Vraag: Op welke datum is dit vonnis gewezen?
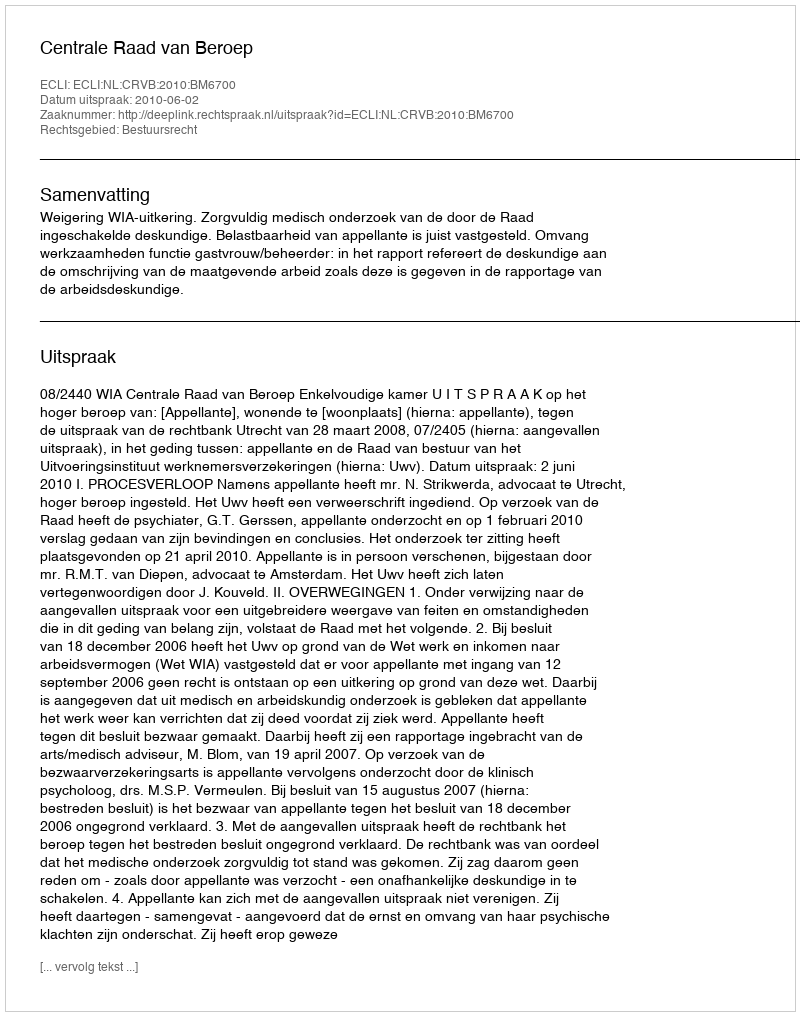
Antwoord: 2010-06-02